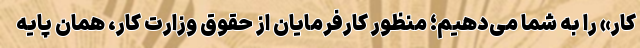
کار» را به شما می‌دهیم؛ منظور کارفرمایان از حقوق وزارت کار، همان پایه